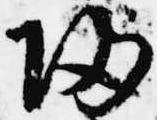
帰